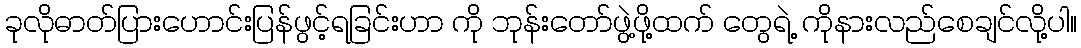
ခုလိုဓာတ်ပြားဟောင်းပြန်ဖွင့်ရခြင်းဟာ ကို ဘုန်းတော်ဖွဲ့ဖို့ထက် တွေရဲ့ ကိုနားလည်စေချင်လို့ပါ။